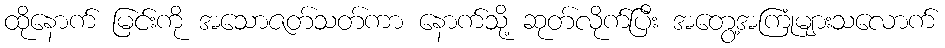
ထိုနောက် မြင်းကို အသောဇတ်သတ်ကာ နောက်သို့ ဆုတ်လိုက်ပြီး အတွေ့အကြုံများသလောက်